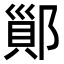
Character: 𨝉